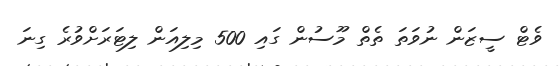
ވެޓް ސީޒަން ނުވަތަ ތެތް މޫސުން ގައި 500 މިލިއަން ލިޓަރަށްވުރެ ގިނަ